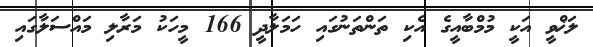
ލަޚްވީ އަކީ މުމްބާއީގެ އެކި ތަންތަނުގައި ހަމަލާދީ 166 މީހަކު މަރާލި މައްސަލާގައި